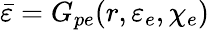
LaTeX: \bar{\varepsilon}=G_{pe}(r,\varepsilon_{e},\chi_{e})